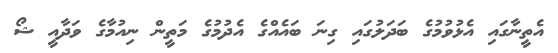
އެތީނާގައި އެޅުވުމުގެ ބަދަލުގައި ގިނަ ބައެއްގެ އެދުމުގެ މަތީން ނިއުމާގެ ވަދާއީ ޝޯ